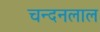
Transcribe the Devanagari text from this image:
चन्दनलाल